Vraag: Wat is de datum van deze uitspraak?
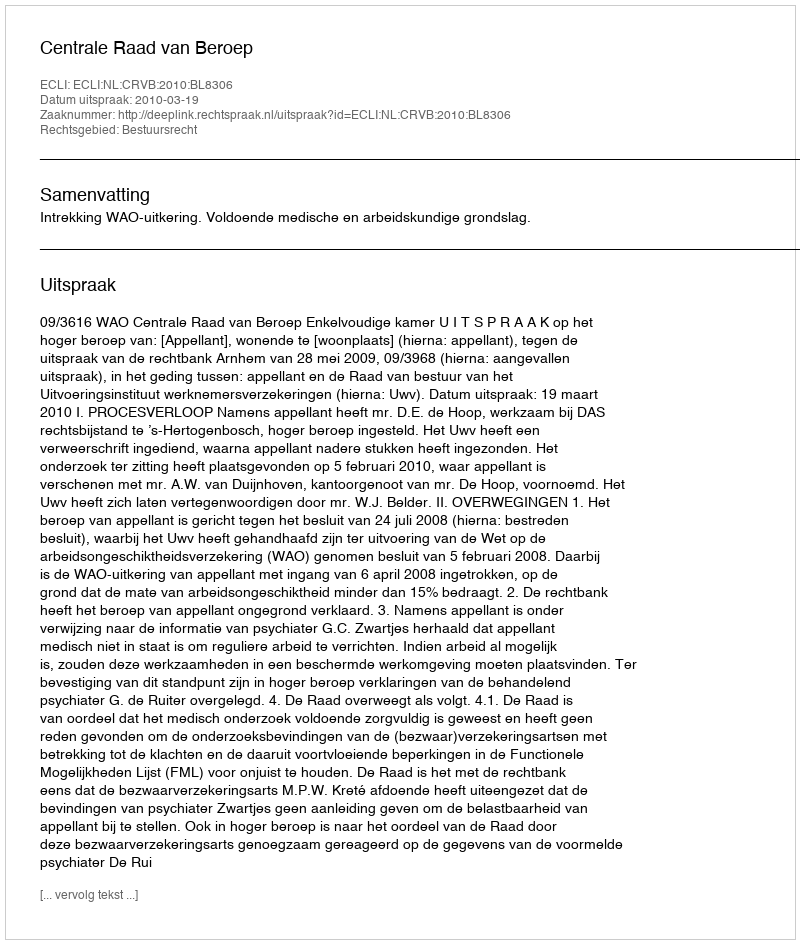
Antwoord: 2010-03-19